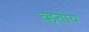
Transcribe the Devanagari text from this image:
व्हतोय